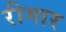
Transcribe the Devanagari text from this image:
रीमार